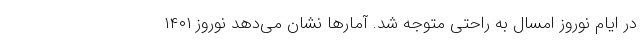
در ایام نوروز امسال به راحتی متوجه شد. آمارها نشان می‌دهد نوروز ۱۴۰۱